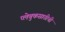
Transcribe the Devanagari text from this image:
प्लेबुकसाठीची